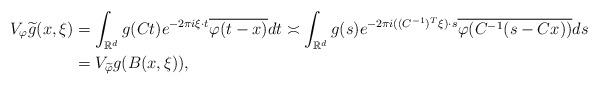
LaTeX: \begin{align*}V_\varphi\widetilde{g}(x,\xi)&=\int_{\mathbb{R}^d}g(Ct)e^{-2\pi i\xi \cdot t}\overline{\varphi(t-x)}dt\asymp \int_{\mathbb{R}^d}g(s)e^{-2\pi i((C^{-1})^T\xi)\cdot s}\overline{\varphi(C^{-1}(s-Cx))}ds\\&=V_{\widetilde{\varphi}}g(B(x,\xi)),\end{align*}